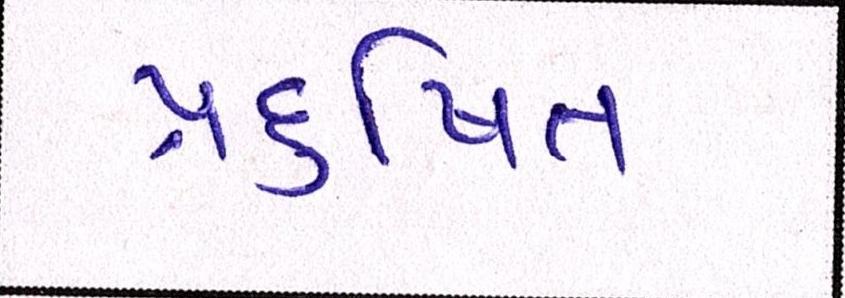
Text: પ્રદુષિત